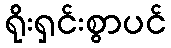
ရိုးရှင်းစွာပင်